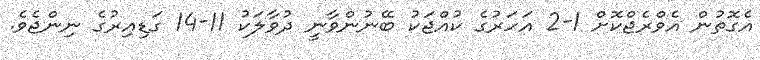
އެގޮތުން އެވްރެޖްކޮށް 1-2 އަހަރުގެ ކުއްޖަކު ބޭނުންވާނީ ދުވާލަކު 11-14 ގަޑިއިރުގެ ނިންޖެވެ.